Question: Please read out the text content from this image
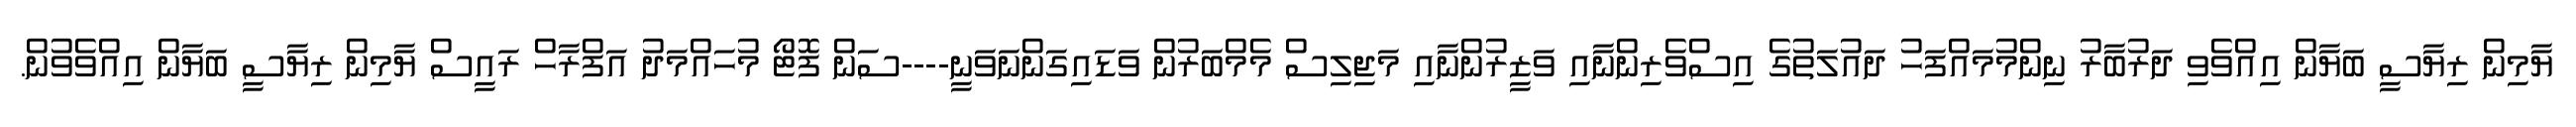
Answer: ޔާމިން ރިޔާސީ ބަޔާން އިއްވެވި ދަރުބާރު ނިންމުމައްފަހު ދައުލަތުގެ އިސްވެރިންނާއި ވަޒީރުންނާއި މަޖިލިސް މެމްބަރުން ވަޑައިގަންނަވަނީ----ސަން ފޮޓޯ މުހައްމަދު އަފްރާހް ރައީސް ޔާމިން ރިޔާސީ ބަޔާން އިއްވެވުން.